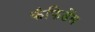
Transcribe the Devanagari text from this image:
कंफिडेंस